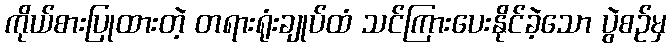
ကိုယ်စားပြုထားတဲ့ တရားရုံးချုပ်ထံ သင်ကြားပေးနိုင်ခဲ့သော ပွဲစဉ်မှ